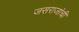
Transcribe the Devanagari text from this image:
जसराजांची